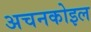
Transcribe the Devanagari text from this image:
अचनकोइल